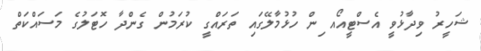
ޝަހީރު ވިދާޅުވީ އެސްޓީއޯއ ިން ހުޅުމާލޭގައި ތަރައްގީ ކުރަމުން ގެންދާ ހޮޓަލުގެ މަސައްކަތް